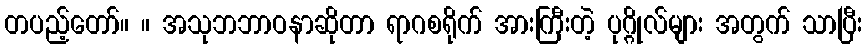
တပည့်တော်။ ။ အသုဘဘာဝနာဆိုတာ ရာဂစရိုက် အားကြီးတဲ့ ပုဂ္ဂိုလ်များ အတွက် သာပြီး